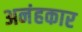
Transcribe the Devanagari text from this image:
अनंहकार